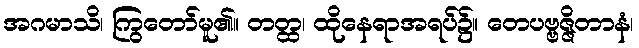
အဂမာသိ၊ ကြွတော်မူ၏။ တတ္ထ၊ ထိုနေရာအရပ်၌။ တေပဗ္ဗဇ္ဇိတာနံ၊